Plague in India, 1896, 1897 - Volume 2
Year: 1896
Disease focus: Plague
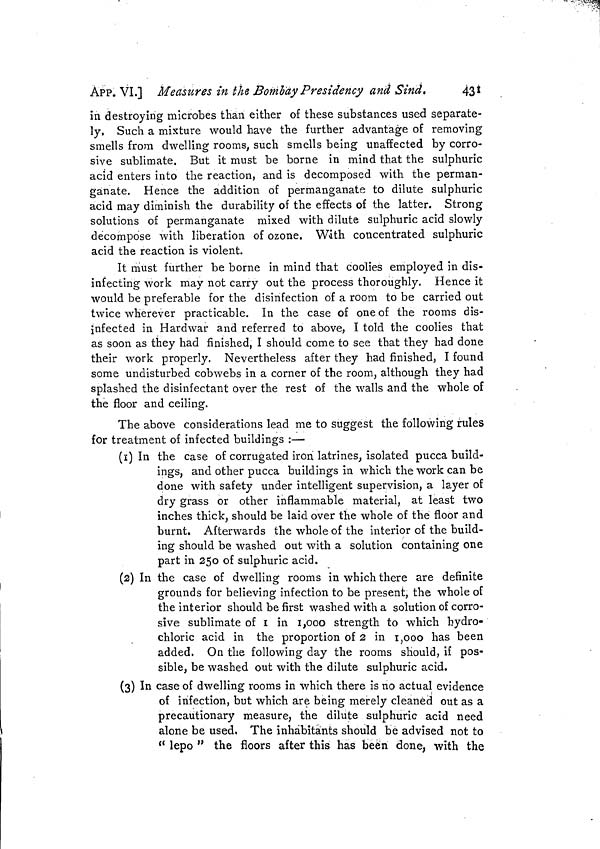
APP. VI.] Measures in the Bombay Presidency and Sind.
431
in destroying microbes than either of these substances used separate-
ly, Such a mixture would have the further advantage of removing
smells from dwelling rooms, such smells being unaffected by corro-
sive sublimate. But it must be borne in mind that the sulphuric
acid enters into the reaction, and is decomposed with the perman-
ganate. Hence the addition of permanganate to dilute sulphuric
acid may diminish the durability of the effects of the latter. Strong
solutions of permanganate mixed with dilute sulphuric acid slowly
decompose with liberation of ozone. With concentrated sulphuric
acid the reaction is violent.
It must further be borne in mind that coolies employed in dis-
infecting work may not carry out the process thoroughly. Hence it
would be preferable for the disinfection of a room to be carried out
twice wherever practicable. In the case of one of the rooms dis-
infected in Hardwar and referred to above, I told the coolies that
as soon as they had finished, I should come to see that they had done
their work properly. Nevertheless after they had finished, I found
some undisturbed cobwebs in a corner of the room, although they had
splashed the disinfectant over the rest of the walls and the whole of
the floor and ceiling.
The above considerations lead me to suggest the following rules
for treatment of infected buildings :—
(1) In the case of corrugated iron latrines, isolated pucca build-
ings, and other pucca buildings in which the work can be
done with safety under intelligent supervision, a layer of
dry grass or other inflammable material, at least two
inches thick, should be laid over the whole of the floor and
burnt. Afterwards the whole of the interior of the build-
ing should be washed out with a solution containing one
part in 250 of sulphuric acid.
(2) In the case of dwelling rooms in which there are definite
grounds for believing infection to be present, the whole of
the interior should be first washed with a solution of corro-
sive sublimate of 1 in 1,000 strength to which hydro-
chloric acid in the proportion of 2 in 1,000 has been
added. On the following day the rooms should, if pos-
sible, be washed out with the dilute sulphuric acid.
(3) In case of dwelling rooms in which there is no actual evidence
of infection, but which are being merely cleaned out as a
precautionary measure, the dilute sulphuric acid need
alone be used, The inhabitants should be advised not to
" lepo " the floors after this has been done, with the